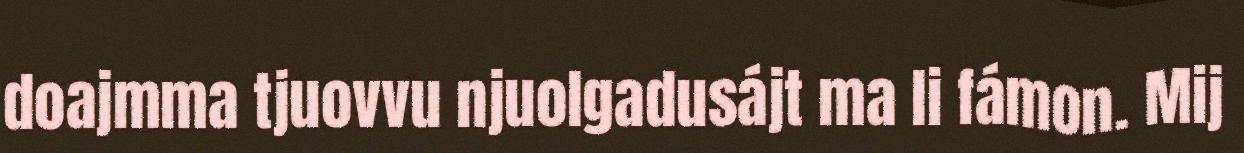
doajmma tjuovvu njuolgadusájt ma li fámon. Mij